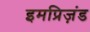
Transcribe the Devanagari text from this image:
इमप्रिज़ंड